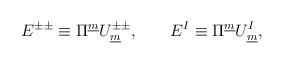
LaTeX: \begin{align*} E^{\pm\pm} \equiv \Pi^{\underline{m}} U^{\pm\pm }_{\underline{m}}, \qquad E^I \equiv \Pi^{\underline{m}} U^{I}_{\underline{m}} ,\end{align*}